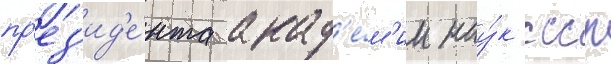
пр'ез'ид'е́нта акад'е́м'ии нау́к ссср